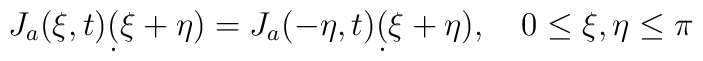
J_a(\xi,t) \d(\xi+\eta) = J_a(-\eta,t) \d(\xi+\eta),\quad0\le\xi,\eta\le\pi